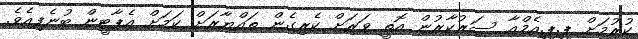
ކުރުމަށް ޕީ.ޕީ.އެމްއާ ސަރުކާރުން އޮތީ ވަރަށް ކެރިގެން ތައްޔާރަށް ކަމަށް އެޕާޓީން ބުނެފިއެވެ.